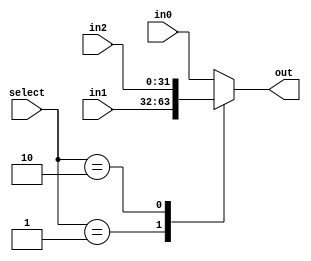
module mux3to1_32bit(out, in0,in1,in2,select);
	output	[31:0] 	out;
	reg		[31:0] 	out;
	input 	[31:0] in0, in1, in2;
	input 	[1:0] select;

always @(select or in0 or in2 or in1)
begin
	 case(select)
	 
	 	0:	out = in0;
		1:	out = in1;
		2:	out = in2;
		default: out = in0;
	endcase
end

endmodule